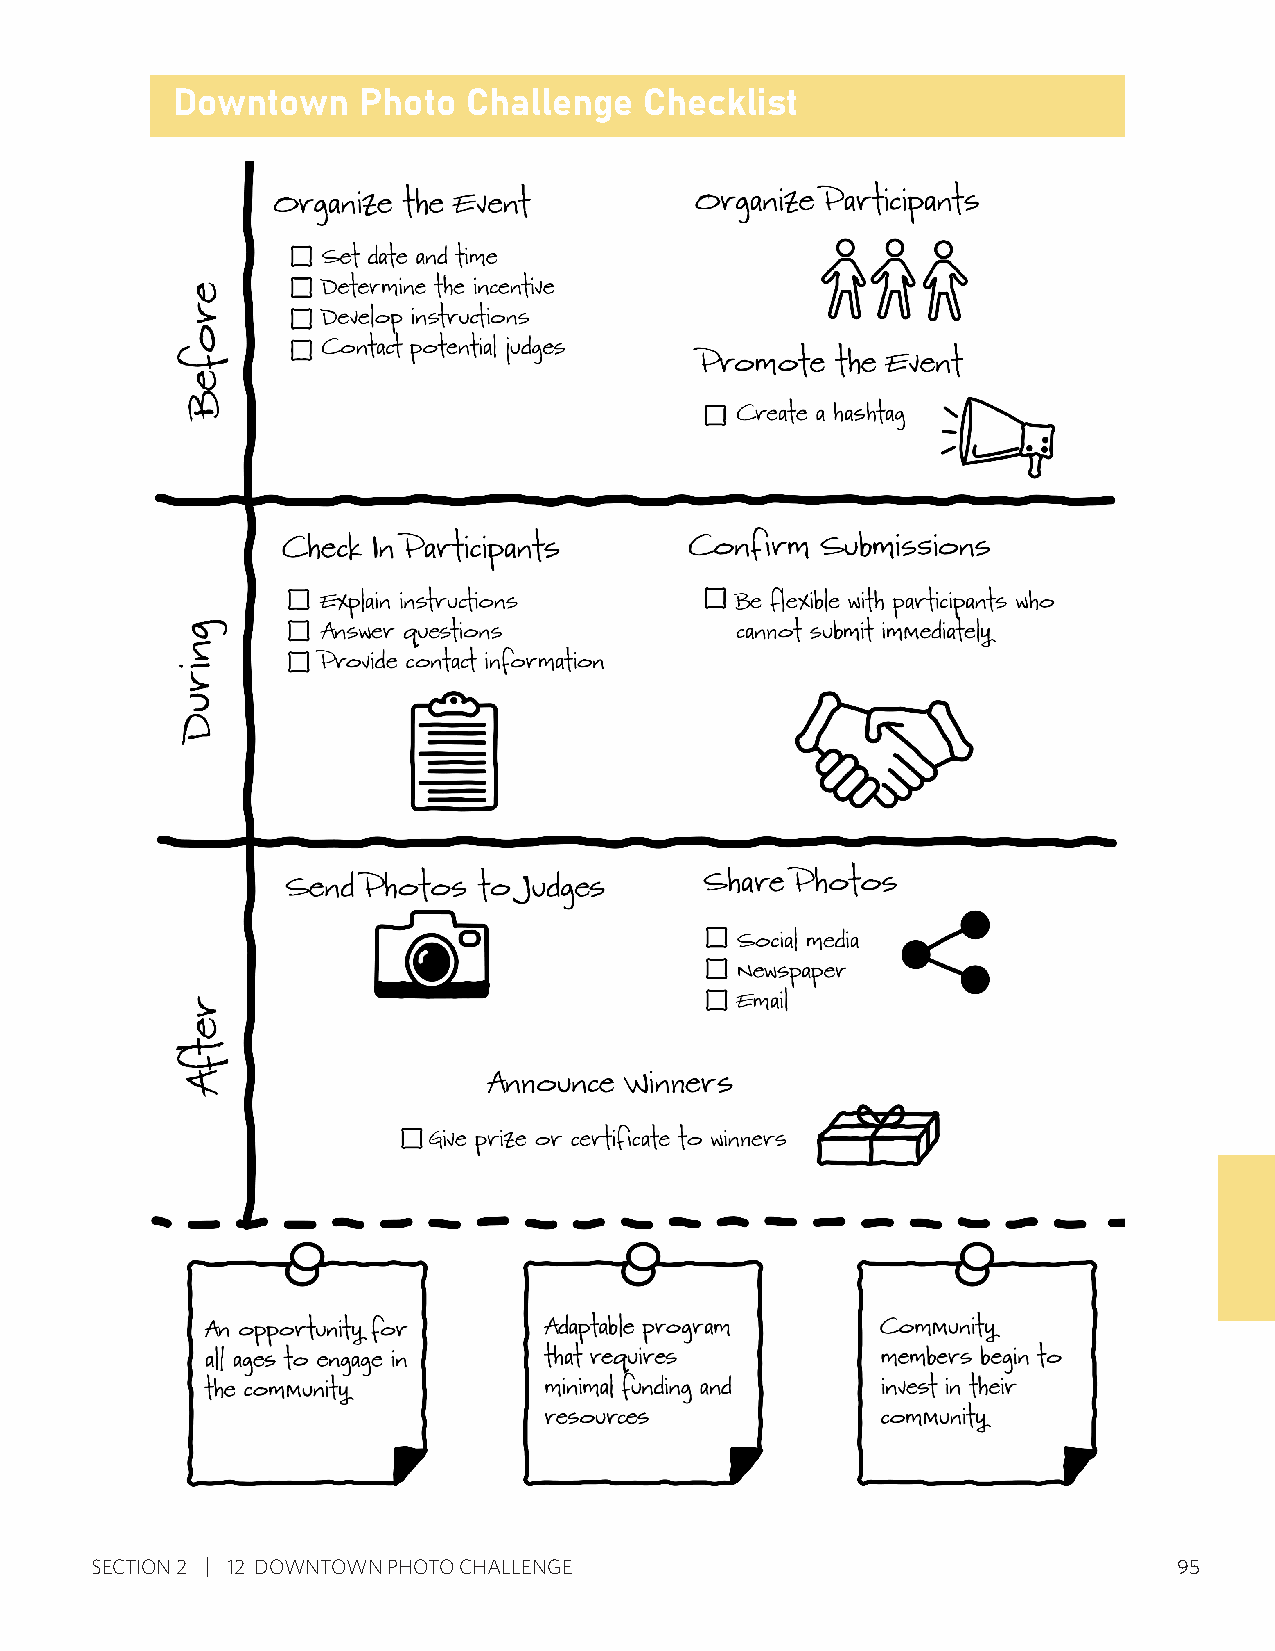
Downtown     Photo  Challenge   Checklist
 SECTION 2 12 DOWNTOWN PHOTO CHALLENGE                                   95